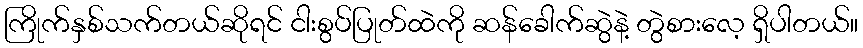
ကြိုက်နှစ်သက်တယ်ဆိုရင် ငါးစွပ်ပြုတ်ထဲကို ဆန်ခေါက်ဆွဲနဲ့ တွဲစားလေ့ ရှိပါတယ်။